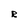
Character: R